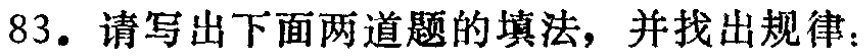
83. 请写出下面两道题的填法，并找出规律：